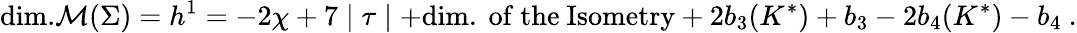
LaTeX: \mathrm{dim.}{\cal M}(\Sigma)=h^{1}=-2\chi+7\mid\tau\mid+\mathrm{dim.~of{}~the~Isometry}+2b_{3}(K^{\ast})+b_{3}-2b_{4}(K^{\ast})-b_{4}\ .